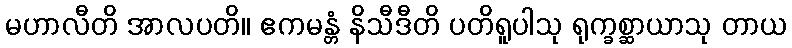
မဟာလီတိ အာလပတိ။ ဧကမန္တံ နိသီဒီတိ ပတိရူပါသု ရုက္ခစ္ဆာယာသု တာယ